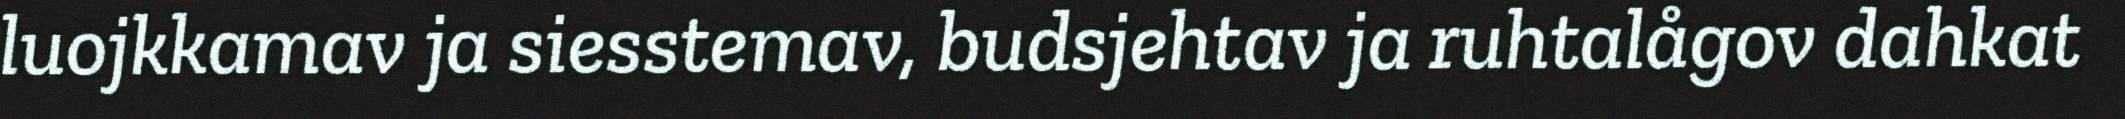
luojkkamav ja siesstemav, budsjehtav ja ruhtalågov dahkat